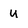
Character: U